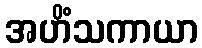
အဟိံသကာယာ